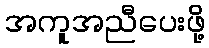
အကူအညီပေးဖို့